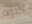
كتوم